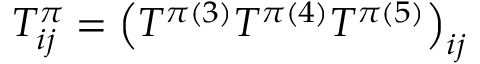
T _ { i j } ^ { \pi } = \left( T ^ { \pi ( 3 ) } T ^ { \pi ( 4 ) } T ^ { \pi ( 5 ) } \right) _ { i j }